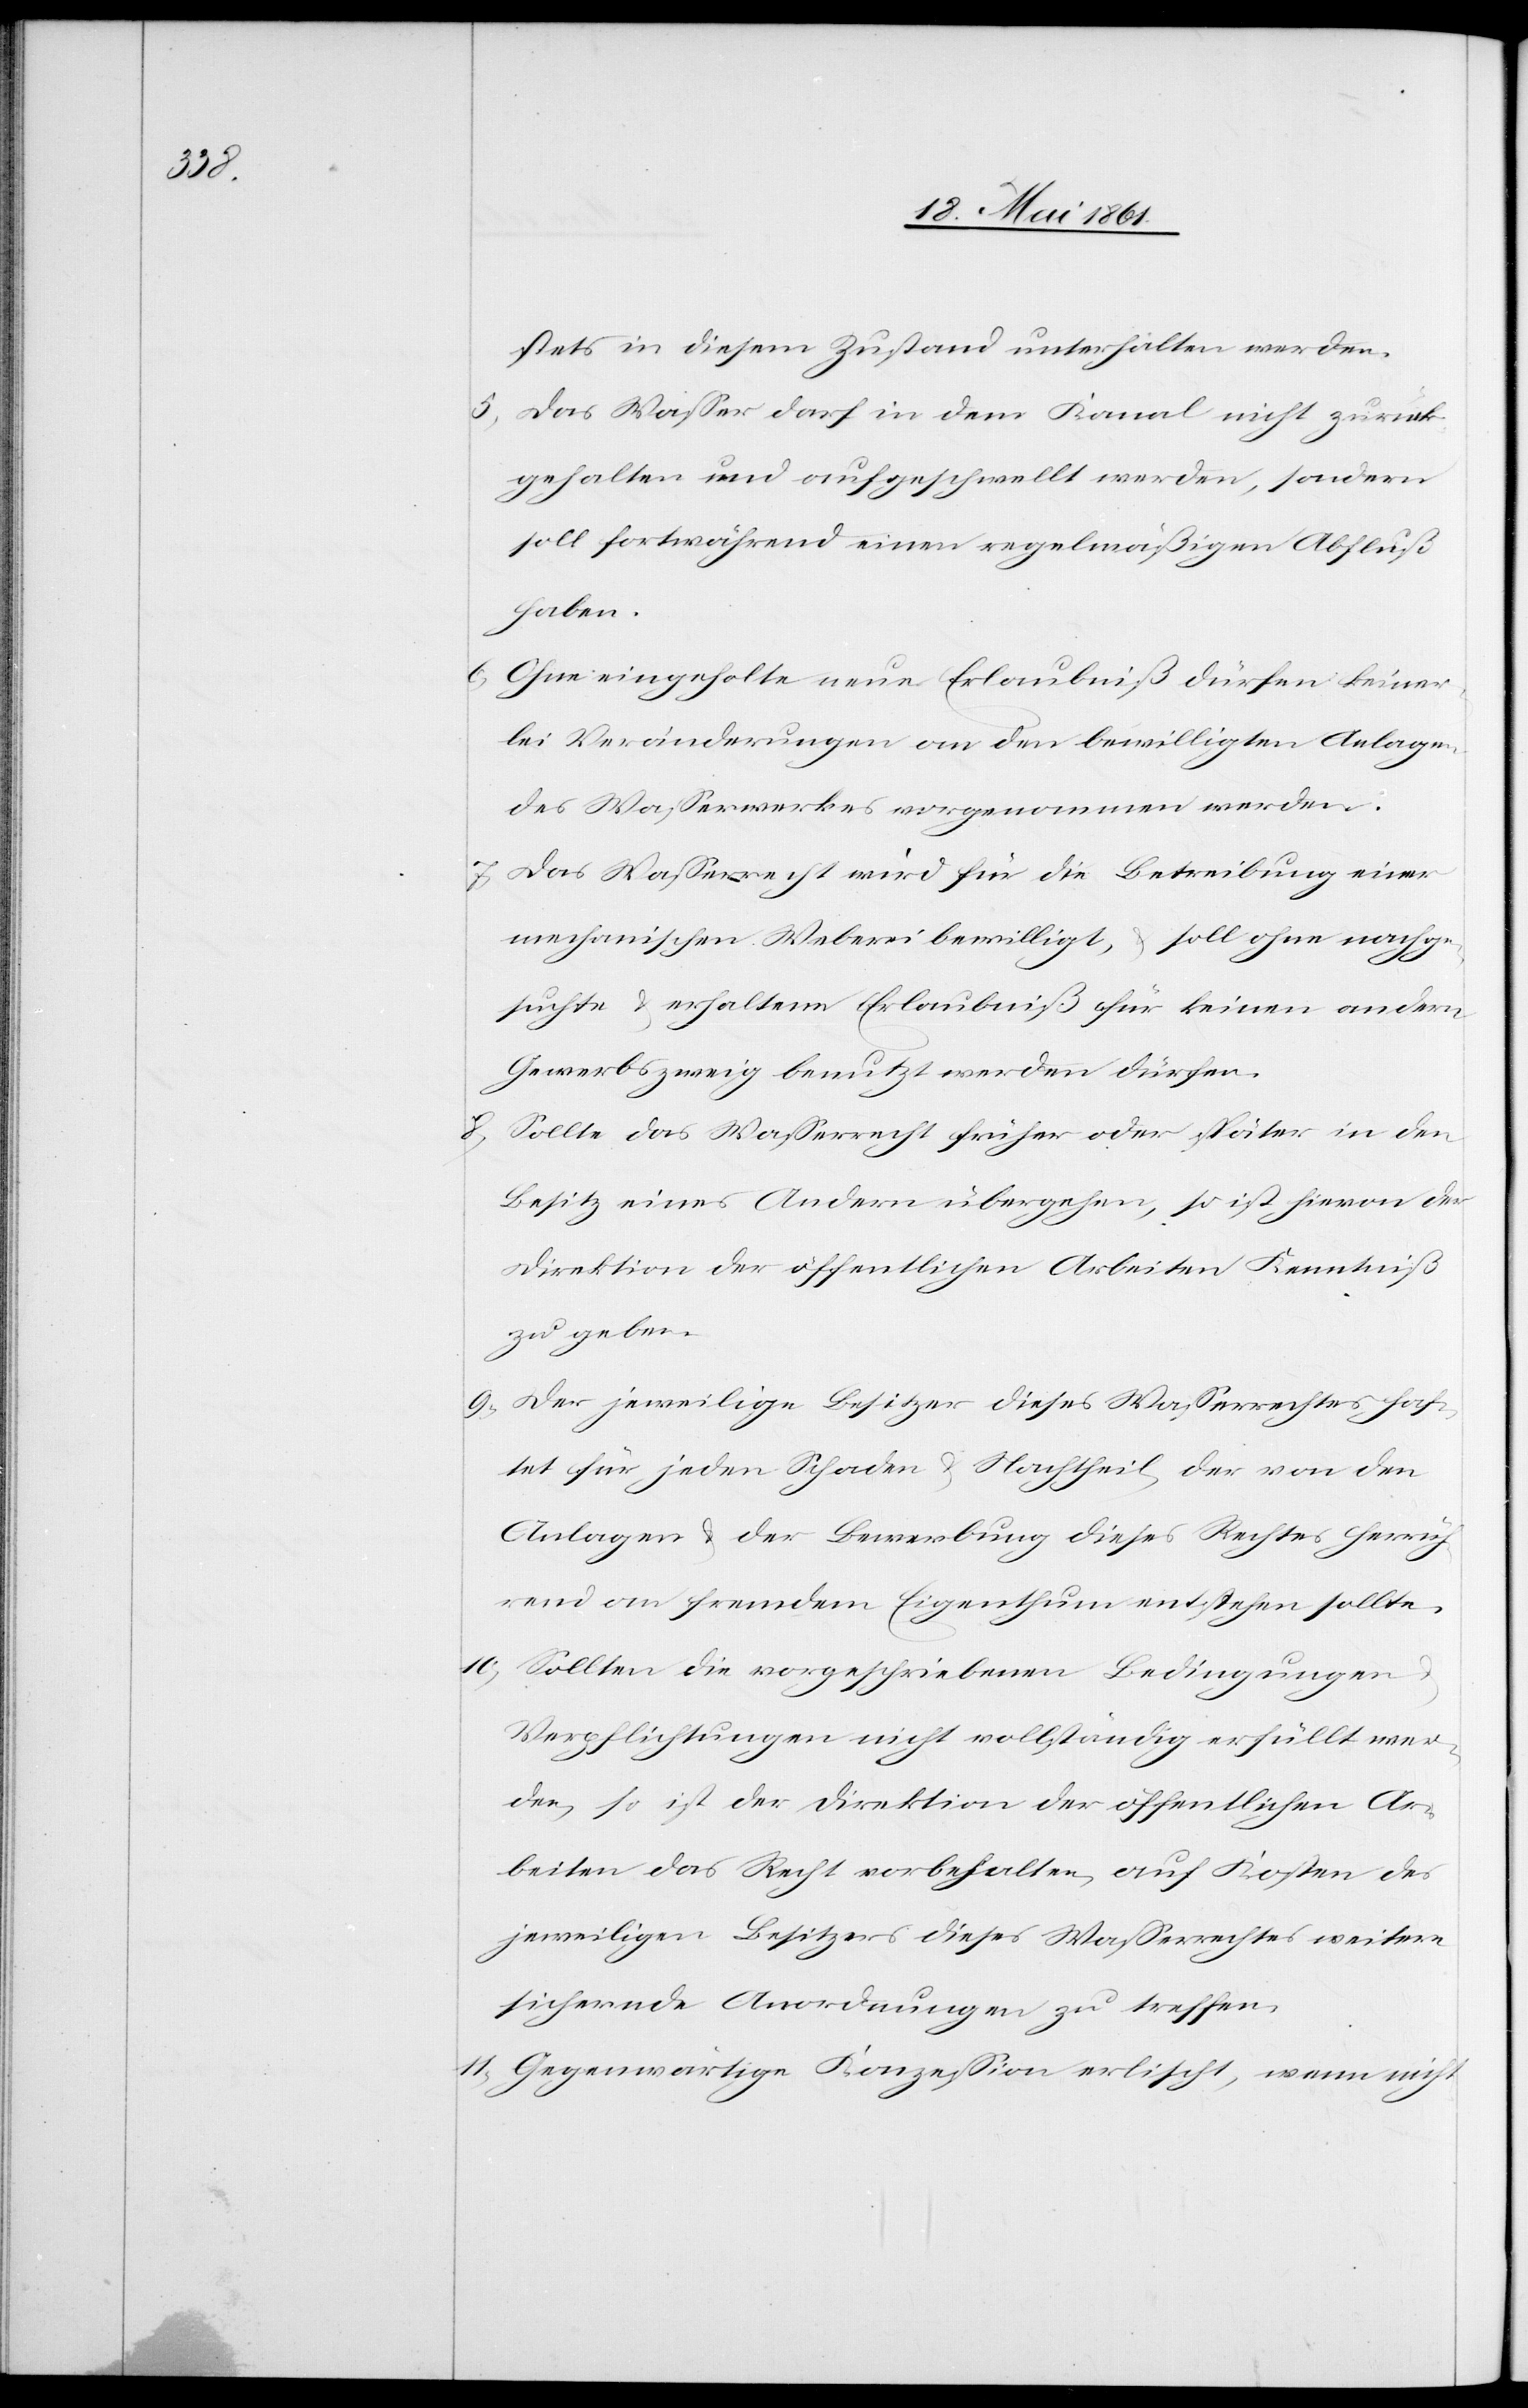
stets in diesem Zustand unterhalten werden.
5. Das Wasser darf in dem Kanal nicht zurück¬
gehalten und aufgeschwellt werden, sondern
soll fortwährend einen regelmäßigen Abfluß
haben.
6. Ohne eingeholte neue Erlaubniß dürfen keiner¬
lei Veränderungen an den bewilligten Anlagen
des Wasserwerkes vorgenommen werden.
7. Das Wasserrecht wird für die Betreibung einer
mechanischen Weberei bewilligt, u. soll ohne nachge¬
suchte u. erhaltene Erlaubniß für keinen andern
Gewerbszweig benutzt werden dürfen.
8. Sollte das Wasserrecht früher oder später in den
Besitz eines Andern übergehen, so ist hievon der
Direktion der öffentlichen Arbeiten Kenntniß
zu geben.
9. Der jeweilige Besitzer dieses Wasserrechtes haf¬
tet für jeden Schaden u. Nachtheil, der von den
Anlagen u. der Bewerbung dieses Rechtes herrüh¬
rend an fremdem Eigenthum entstehen sollte.
10. Sollten die vorgeschriebenen Bedingungen
Verpflichtungen nicht vollständig erfüllt wer¬
den, so ist der Direktion der öffentlichen Ar¬
beiten das Recht vorbehalten, auf Kosten des
jeweiligen Besitzers dieses Wasserrechtes weitere
sichernde Anordnungen zu treffen.
11. Gegenwärtige Konzession erlischt, wenn nicht